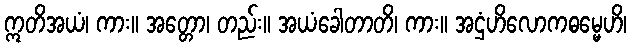
ဣတိအယံ၊ ကား။ အတ္တော၊ တည်း။ အယံခေါတာတိ၊ ကား။ အဌံဟိလောကဓမ္မေဟိ၊